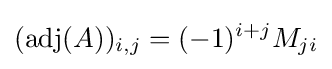
(\operatorname {adj} (A))_{i,j}=(-1)^{i+j}M_{ji}